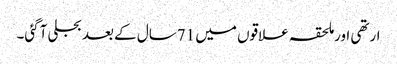
ارتھی اورملحقہ علاقوں میں 71سال کے بعد بجلی آگئی۔